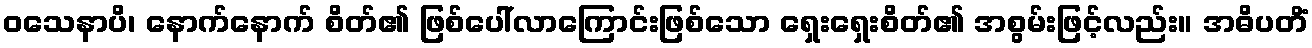
ဝသေနာပိ၊ နောက်နောက် စိတ်၏ ဖြစ်ပေါ်လာကြောင်းဖြစ်သော ရှေးရှေးစိတ်၏ အစွမ်းဖြင့်လည်း။ အဓိပတိံ